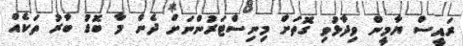
ރައީސް ޔާމީން ވިދާޅުވި ގޮތަށް މިނިސްޓަރުންނަށް ދެން މާ ބޮޑު ބާރު ތަކެއް